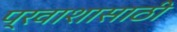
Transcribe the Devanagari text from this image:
प्रवाशासाठी